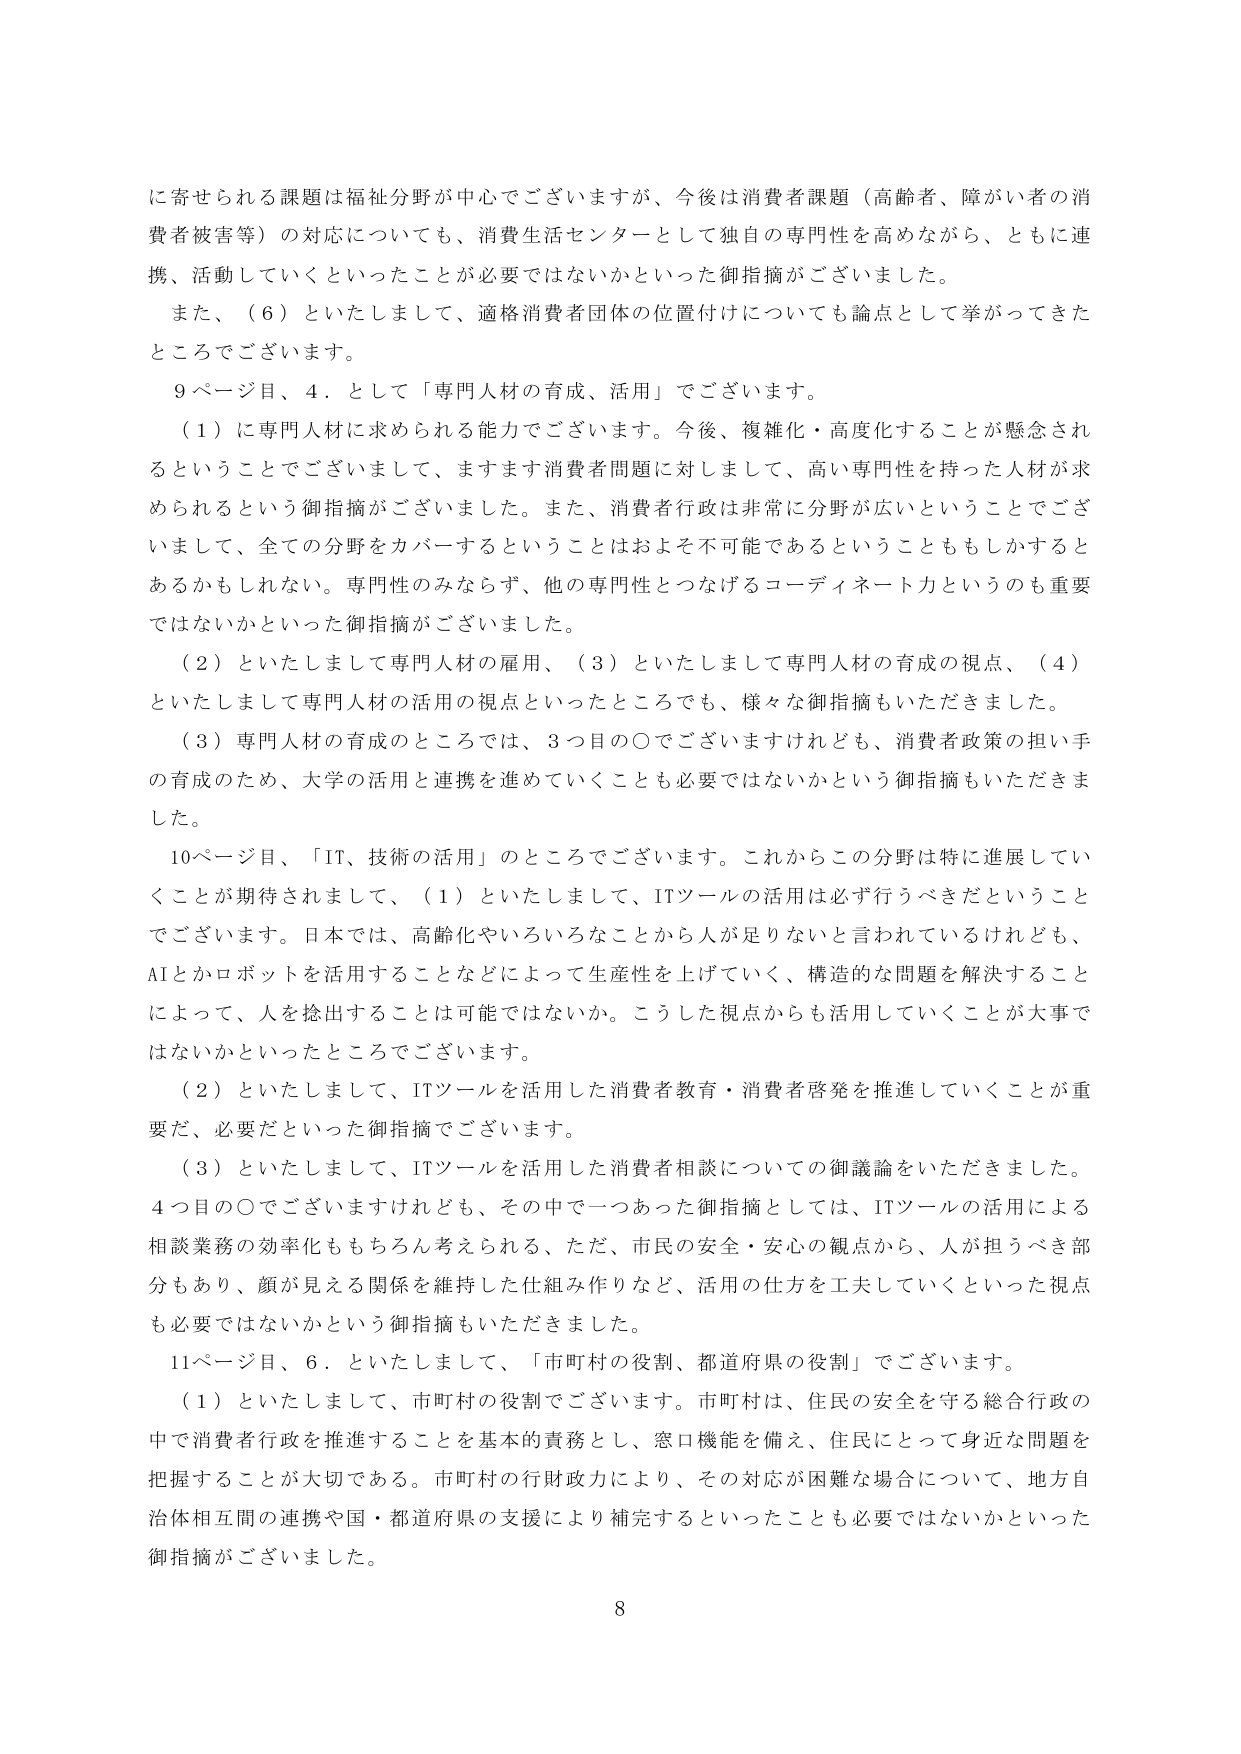
に寄せられる課題は福祉分野が中心でございますが、今後は消費者課題（高齢者、障がい者の消費者被害等）の対応についても、消費生活センターとして独自の専門性を高めながら、ともに連携、活動していくといったことが必要ではないかといった御指摘がございました。

また、（６）といたしまして、適格消費者団体の位置付けについても論点として挙がってきたところでございます。

９ページ目、４．として「専門人材の育成、活用」でございます。

（１）に専門人材に求められる能力でございます。今後、複雑化・高度化することが懸念されるということでございまして、ますます消費者問題に対しまして、高い専門性を持った人材が求められるという御指摘がございました。また、消費者行政は非常に分野が広いということでございまして、全ての分野をカバーするということはおよそ不可能であるということもしかするとあるかもしれない。専門性のみならず、他の専門性とつなげるコーディネート力というのも重要ではないかといった御指摘がございました。

（２）といたしまして専門人材の雇用、（３）といたしまして専門人材の育成の視点、（４）といたしまして専門人材の活用の視点といったところでも、様々な御指摘もいただきました。

（３）専門人材の育成のところでは、３つ目の〇でございますけれども、消費者政策の担い手の育成のため、大学の活用と連携を進めていくことも必要ではないかという御指摘もいただきました。

10ページ目、「IT、技術の活用」のところでございます。これからこの分野は特に進展していくことが期待されまして、（１）といたしまして、ITツールの活用は必ず行うべきだということでございます。日本では、高齢化やいろいろなことから人が足りないと言われているけれども、AIとかロボットを活用することなどによって生産性を上げていく、構造的な問題を解決することによって、人を捻出することは可能ではないか。こうした視点からも活用していくことが大事ではないかといったところでございます。

（２）といたしまして、ITツールを活用した消費者教育・消費者啓発を推進していくことが重要だ、必要だといった御指摘でございます。

（３）といたしまして、ITツールを活用した消費者相談についての御議論をいただきました。４つ目の〇でございますけれども、その中で一つあった御指摘としては、ITツールの活用による相談業務の効率化ももちろん考えられる、ただ、市民の安全・安心の観点から、人が担うべき部分もあり、顔が見える関係を維持した仕組み作りなど、活用の仕方を工夫していくといった視点も必要ではないかという御指摘もいただきました。

11ページ目、６．といたしまして、「市町村の役割、都道府県の役割」でございます。

（１）といたしまして、市町村の役割でございます。市町村は、住民の安全を守る総合行政の中で消費者行政を推進することを基本的責務とし、窓口機能を備え、住民にとって身近な問題を把握することが大切である。市町村の行財政力により、その対応が困難な場合について、地方自治体相互間の連携や国・都道府県の支援により補完するといったことも必要ではないかといった御指摘がございました。

8